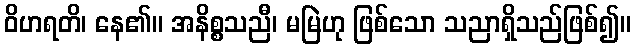
ဝိဟရတိ၊ နေ၏။ အနိစ္စသညီ၊ မမြဲဟု ဖြစ်သော သညာရှိသည်ဖြစ်၍။